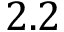
2 . 2